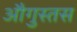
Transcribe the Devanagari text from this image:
औगुस्तस